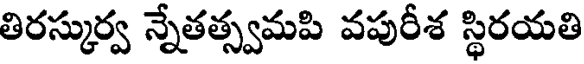
తిరస్కుర్వ న్నేతత్స్వమపి వపురీశ స్థిరయతి